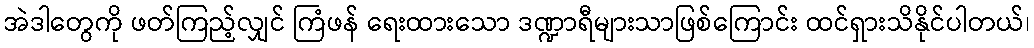
အဲဒါတွေကို ဖတ်ကြည့်လျှင် ကြံဖန် ရေးထားသော ဒဏ္ဍာရီများသာဖြစ်ကြောင်း ထင်ရှားသိနိုင်ပါတယ်၊